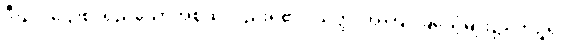
ဒီဃဒါဌောစ၊ ရှည်သောအစွယ်လည်းရှိ၏။ ယတ္ထ၊ အကြင်ခြင်္သေ့မျိုး၌။ ကုဉ္ဇရံ၊